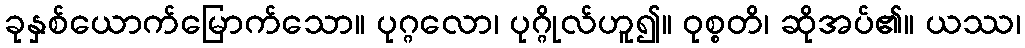
ခုနှစ်ယောက်မြောက်သော။ ပုဂ္ဂလော၊ ပုဂ္ဂိုလ်ဟူ၍။ ဝုစ္စတိ၊ ဆိုအပ်၏။ ယဿ၊